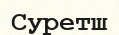
Суретш